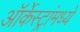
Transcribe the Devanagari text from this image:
ऑर्केस्ट्रांमध्ये